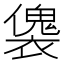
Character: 𧝛